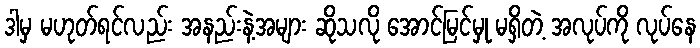
ဒါမှ မဟုတ်ရင်လည်း အနည်းနဲ့အများ ဆိုသလို အောင်မြင်မှု မရှိတဲ့ အလုပ်ကို လုပ်နေ